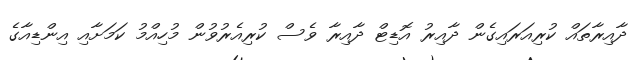
ދާއިރާތައް ކުރިއަރައިގެން ދާއިރު އޮޑިޓް ދާއިރާ ވެސް ކުރިއެރުވުން މުހިއްމު ކަމަށާއި އިންޑިއާގެ